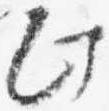
此